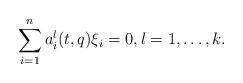
LaTeX: \begin{align*}\sum_{i=1}^n a_i^l(t,q)\xi_i=0, l=1,\dots,k.\end{align*}